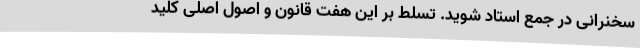
سخنرانی در جمع استاد شوید. تسلط بر این هفت قانون و اصول اصلی کلید